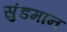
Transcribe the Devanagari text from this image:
सुंडमान